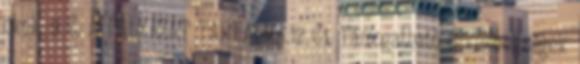
okok. 9 C. A PÁLYÁZAT TARTALMA.12 C1. Támogatható tevékenységek